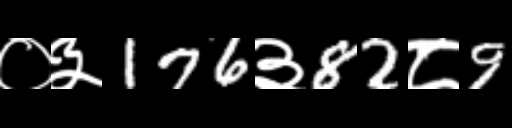
Text: ०३176३82८9